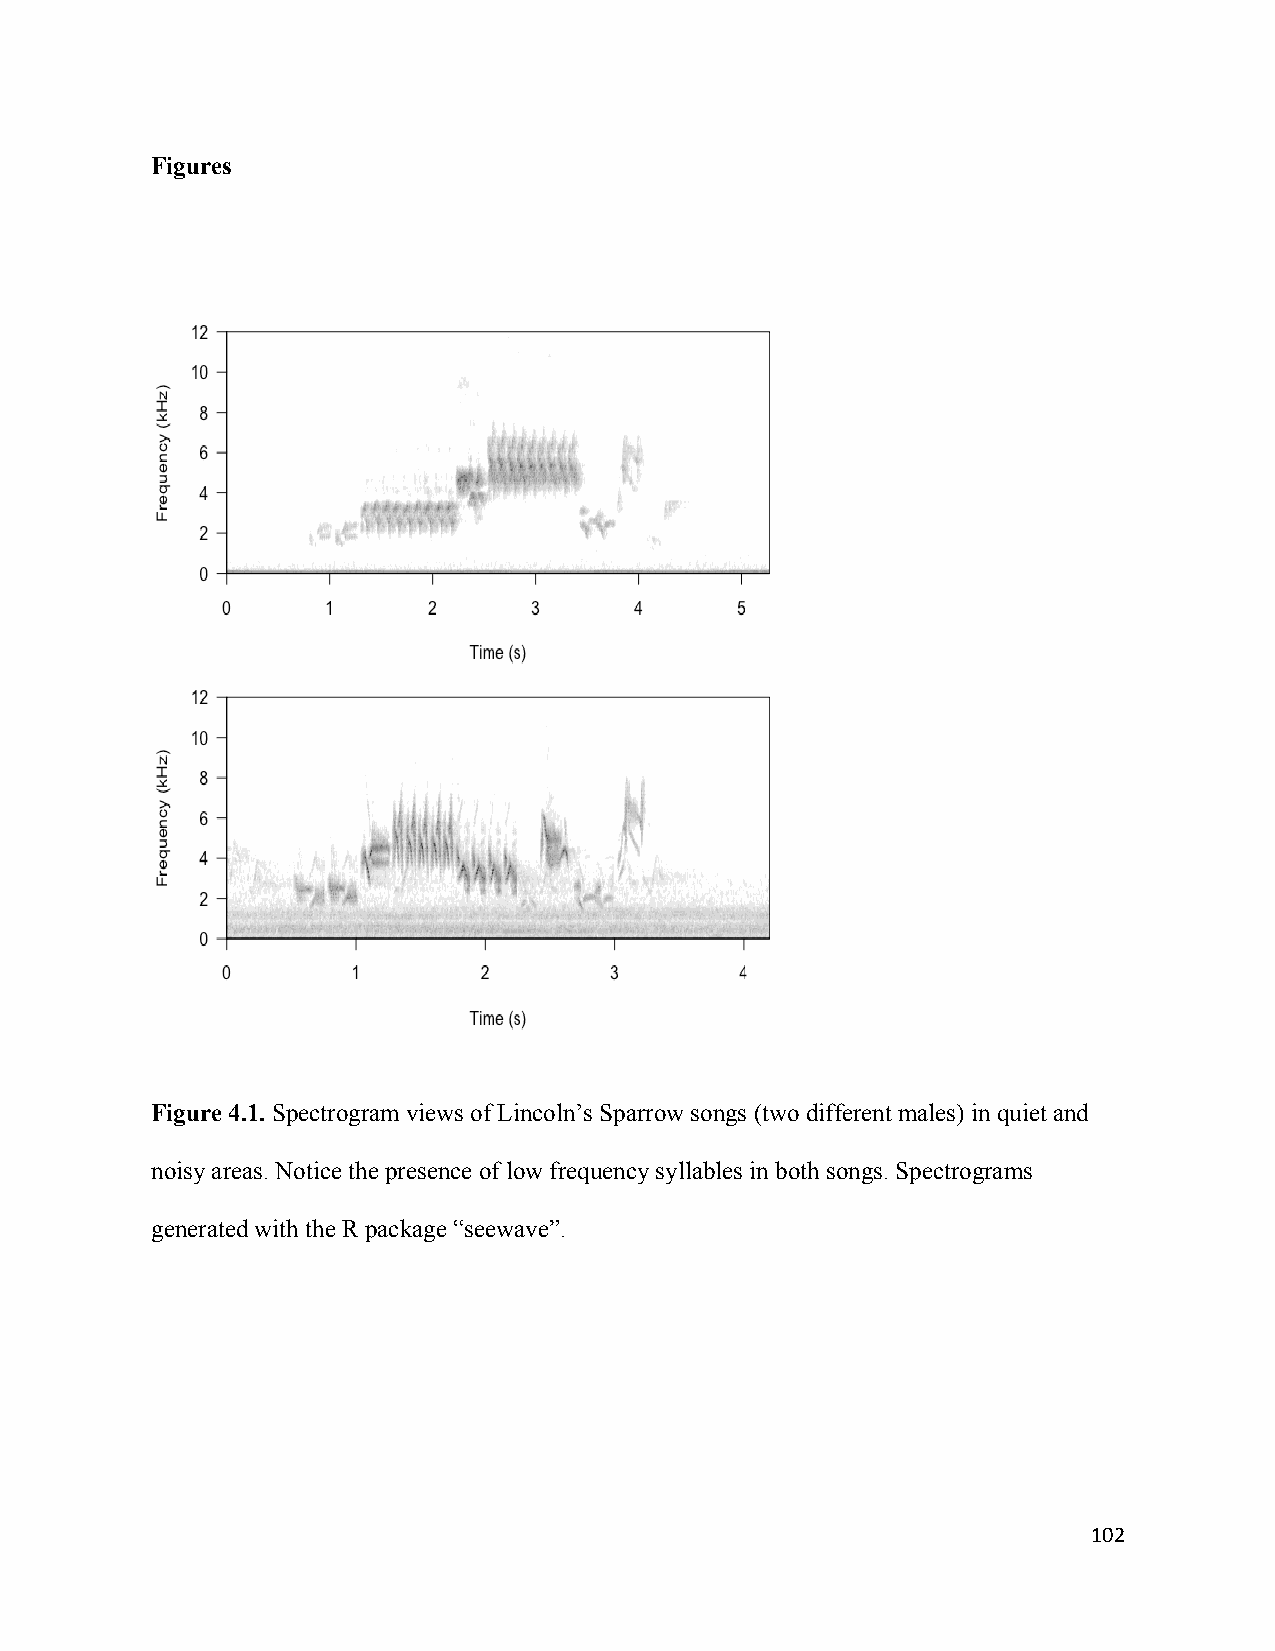
Figures
 Figure 4.1. Spectrogram views of Lincoln’s Sparrow songs (two different males) in quiet and
 noisy areas. Notice the presence of low frequency syllables in both songs. Spectrograms
 generated with the R package “seewave”.
 102